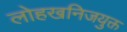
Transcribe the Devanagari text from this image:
लोहखनिजयुक्त